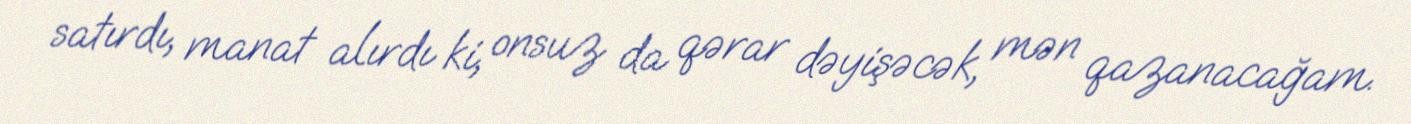
satırdı, manat alırdı ki, onsuz da qərar dəyişəcək, mən qazanacağam.